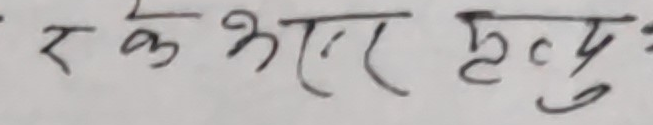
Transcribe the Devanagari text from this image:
र के भएर मृत्यु :